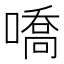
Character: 嘺